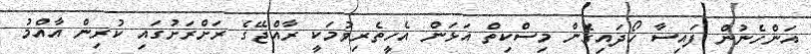
އަންހެނުން ފައިސާ ހޯދައިގެން މިސްކިތް އަޅަން އެހީތެރިވުމަކީ ރާއްޖޭގެ ރަށްރަށުގައި ކުރިން އާއްމު